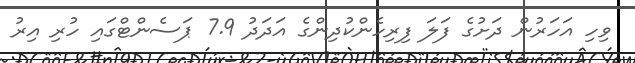
ވިހި އަހަރުން ދަށުގެ ފަލަ ފިރިހެންކުދިންގެ އަދަދު 7.9 ޕަސެންޓްގައި ހުރި އިރު